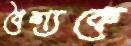
বৈশ্যকে